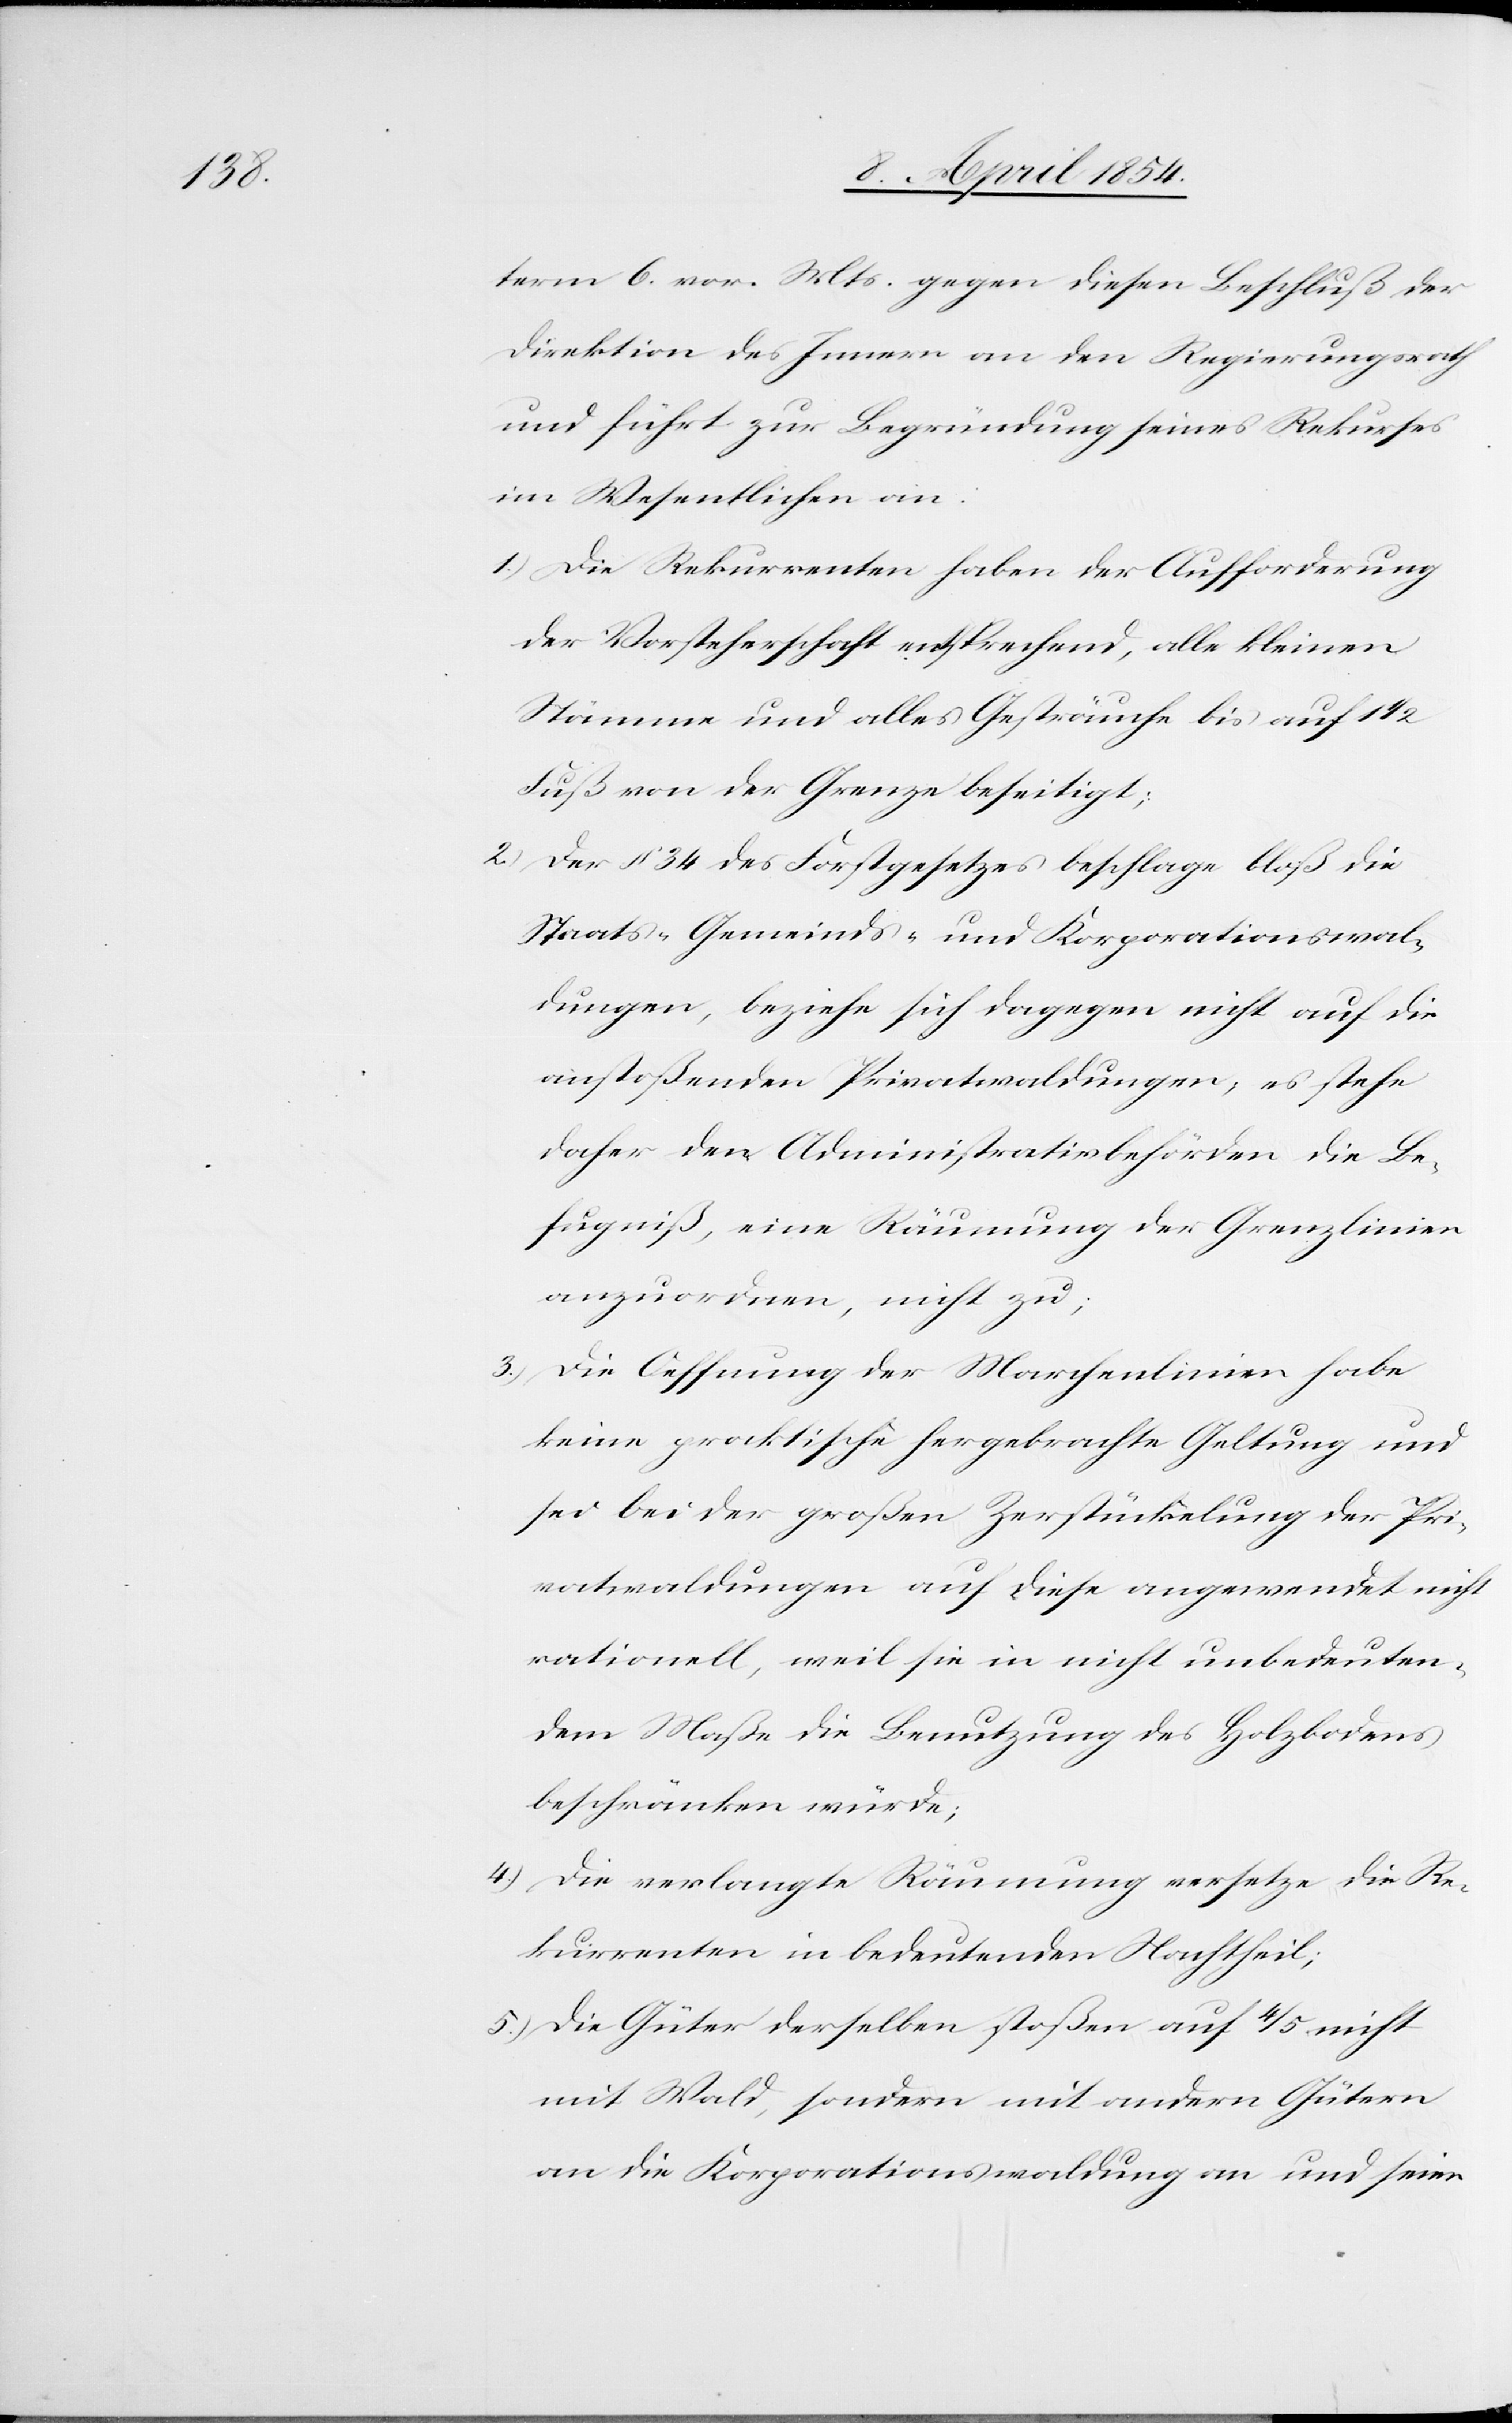
term 6. vor. Mts gegen diesen Beschluß der
Direktion des Innern an den Regierungsrath
und führt zur Begründung seines Rekurses
im Wesentlichen an:
1.) Die Rekurrenten haben der Aufforderung
der Vorsteherschaft entsprechend, alle kleinen
Stämme und alles Gesträuche bis auf 1
Fuß von der Grenze beseitigt;
2.) Der § 34 des Forstgesetzes beschlage bloß die
Staats-[,] Gemeinds- und Korporationswal¬
dungen, beziehe sich dagegen nicht auf die
anstoßenden Privatwaldungen; es stehe
daher den Administrativbehörden die Be¬
fugniß, eine Räumung der Grenzlinien
anzuordnen, nicht zu;
3.) Die Oeffnung der Marchenlinien habe
keine praktische hergebrachte Geltung und
sei bei der großen Zerstückelung der Pri¬
vatwaldungen auf diese angewendet nicht
rationell, weil sie in nicht unbedeuten¬
dem Maße die Benutzung des Holzbodens
beschränken würde;
4.) Die verlangte Räumung versetze die Re¬
kurrenten in bedeutenden Nachtheil;
5.) Die Güter derselben stoßen auf 4/5 nicht
mit Wald, sondern mit anderen Gütern
an die Korporationswaldung an und seien